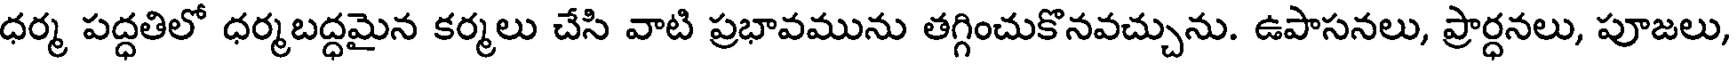
ధర్మ పద్ధతిలో ధర్మబద్ధమైన కర్మలు చేసి వాటి ప్రభావమును తగ్గించుకొనవచ్చును. ఉపాసనలు, ప్రార్ధనలు, పూజలు,